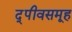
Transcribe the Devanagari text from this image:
द्पीवसमूह